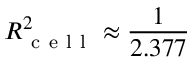
R _ { \mathrm { ~ c ~ e ~ l ~ l ~ } } ^ { 2 } \approx \frac { 1 } { 2 . 3 7 7 }